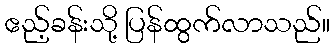
ဧည့်ခန်းသို့ ပြန်ထွက်လာသည်။